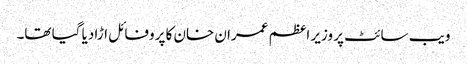
ویب سائٹ پر وزیر اعظم عمران خان کا پروفائل اڑا دیا گیا تھا۔